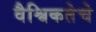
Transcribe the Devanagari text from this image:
वैश्विकतेचे